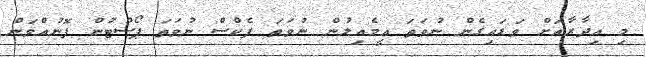
މި އިދާރާއަށް ވަޑައިގެން ނުވަތަ އީމެެއިލުން ނުވަތަ ފެކްސް ނުވަތަ ޕޯސްޓުން ފޮނުއްވަން